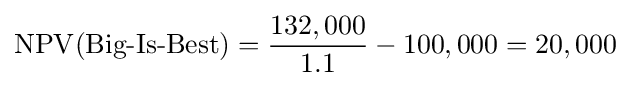
\operatorname {NPV} ({\text{Big-Is-Best}})={\frac {132,000}{1.1}}-100,000=20,000